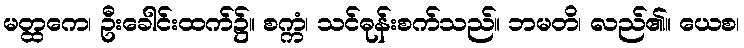
မတ္ထကေ၊ ဦးခေါင်းထက်၌။ စက္ကံ၊ သင်ဓုန်းစက်သည်။ ဘမတိ၊ လည်၏။ ယေစ၊